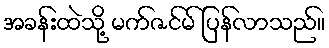
အခန်းထဲသို့ မက်ဇင်မ် ပြန်လာသည်။